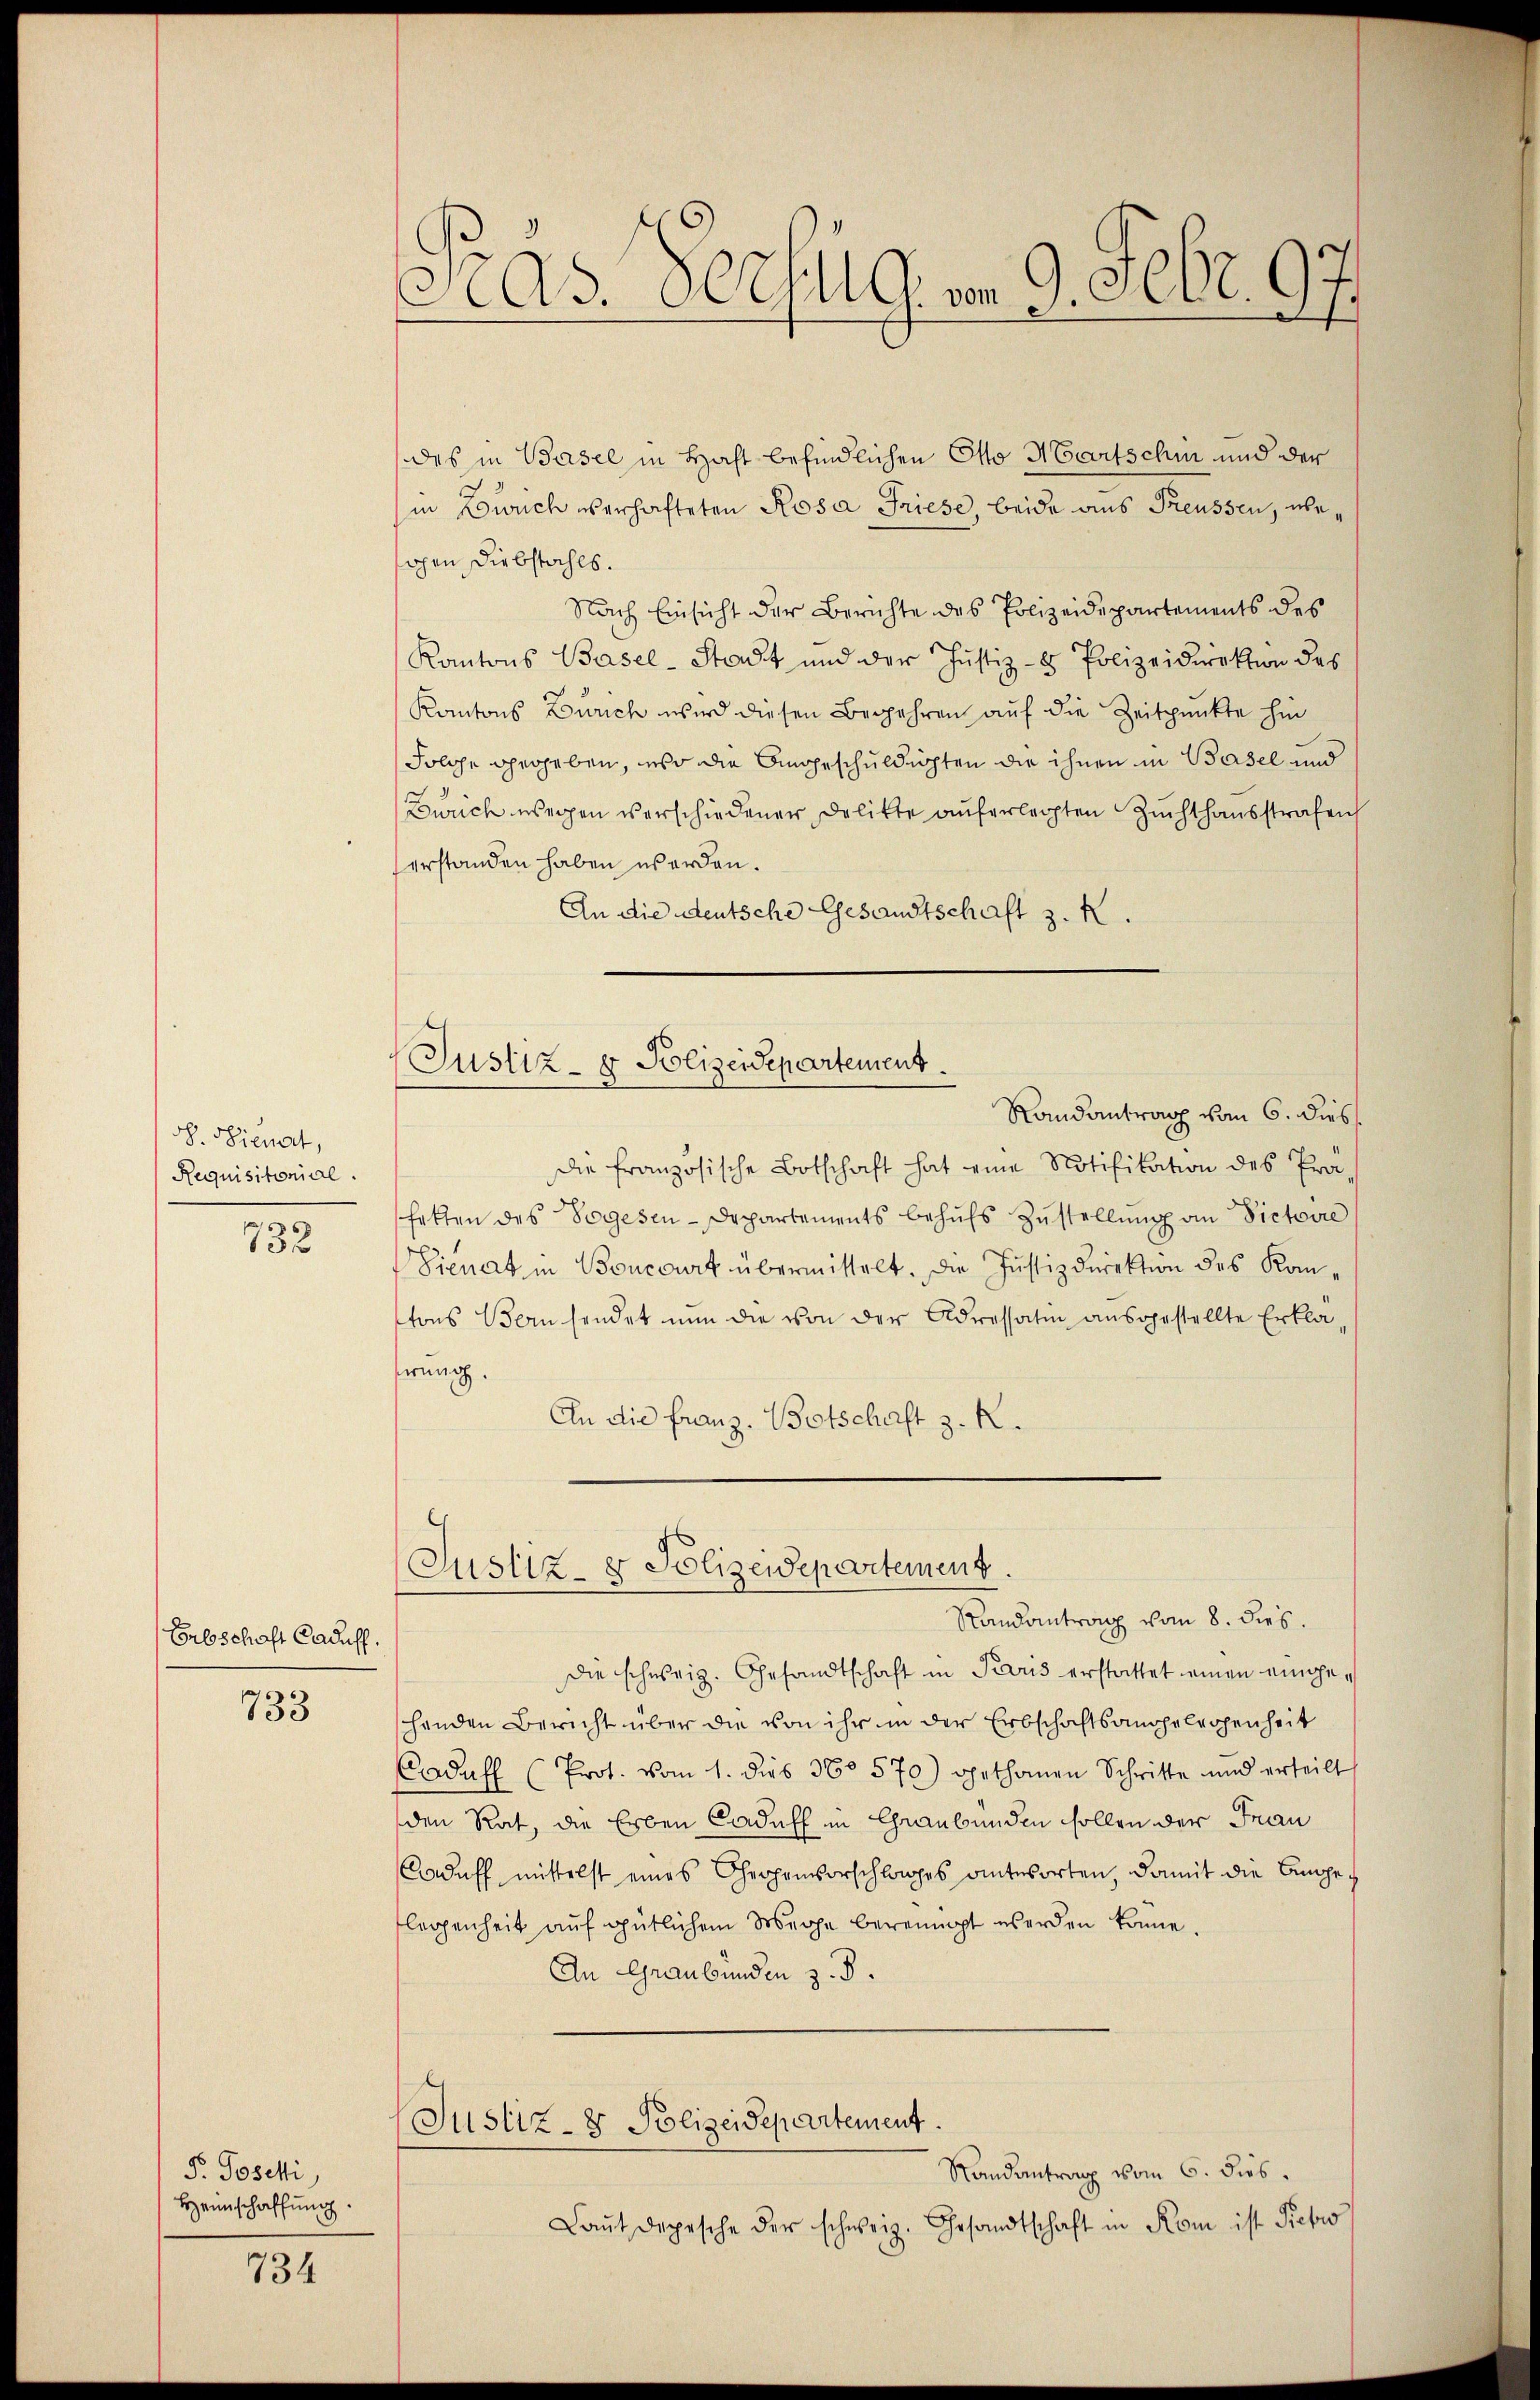
o. Sienat,
Requisitorial.

732

Erbschaft Caduff.

733

P. Josefi
Heimschaffung.

734

des in Basel in Haft befindlichen Otto Martschin und der
in Zürich verhafteten Rosa Friese, beide aus Preussen, übeihen Diebstahls.
Nach Einsicht der Berichte des Polizeidepartements des
Kantons Basel-Stadt und der Justiz- & Polizeidirektion des
Kantons Zürich wird diesen Begehren auf die Zeitpunkte hin
Folge gegeben, wo die Angeschuldigten die ihnen in Basel und
Zürich wegen verschiedener Delikte auferlegten Zuchthausstrafen
erstanden haben worden.
An die deutsche Gesandtschaft z. K.
Justiz- & Polizeidepartement.
Randantrag vom 6. dies
die französische Botschaft hat eine Notifikation des Prä-
hatten des Segesen-Departements behŭfs Zŭstellŭng an Victoire
Sienat in Boncorat übermittelt. Die Justizdirektion des Komtons Bausendet nun die von der Adressatin ausgestellte Erkläferung.
An die franz. Botschaft z. R.

Pras Bezug am 9. Febr. 97

Justiz- & Polizeidepartement.

Randantrag vom 8. dies.
die schweiz. Gesandtschaft in Paris erstattet einen eingeschenden Bericht über die von ihr in der Erbschaftsangelegenheit
Cadasl (Prot. vom 1. dies 360 570) gethanen Schritte und erteilt
den Rat, die Erben Caduch in Graubünden sollen der Frau
aduff mittelst eines Ghergenvorschlages antworten, damit die Angeh
flegenheit aŭf gütlichem Wege bereinigt werden könne.
An Graubünden z. B.
Justiz- & Polizeidepartement.
Randantrag vom 6. dies
Laŭt Depesche der schweiz. Gesandtschaft in Kom ist Rietwo